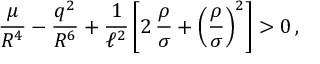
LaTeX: \frac { \mu } { R ^ { 4 } } - \frac { q ^ { 2 } } { R ^ { 6 } } + \frac { 1 } { \ell ^ { 2 } } \left[ 2 \, \frac { \rho } { \sigma } + \left( \frac { \rho } { \sigma } \right) ^ { 2 } \right] > 0 \, ,